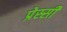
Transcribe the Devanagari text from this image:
प्रेस्सी